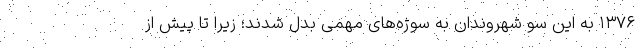
۱۳۷۶ به این سو شهروندان به سوژه‌های مهمی بدل شدند؛ زیرا تا پیش از